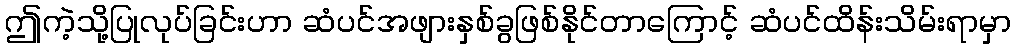
ဤကဲ့သို့ပြုလုပ်ခြင်းဟာ ဆံပင်အဖျားနှစ်ခွဖြစ်နိုင်တာကြောင့် ဆံပင်ထိန်းသိမ်းရာမှာ